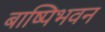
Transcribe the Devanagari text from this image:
बाष्पिभवन